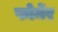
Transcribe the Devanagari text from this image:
फोर्मेर